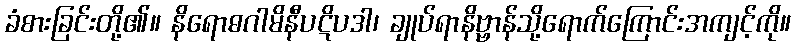
ခံစားခြင်းတို့၏။ နိရောဓဂါမိနီပဋိပဒါ၊ ချုပ်ရာနိဗ္ဗာန်သို့ရောက်ကြောင်းအကျင့်ကို။